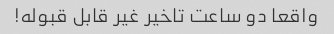
واقعا دو ساعت تاخیر غیر قابل قبوله!